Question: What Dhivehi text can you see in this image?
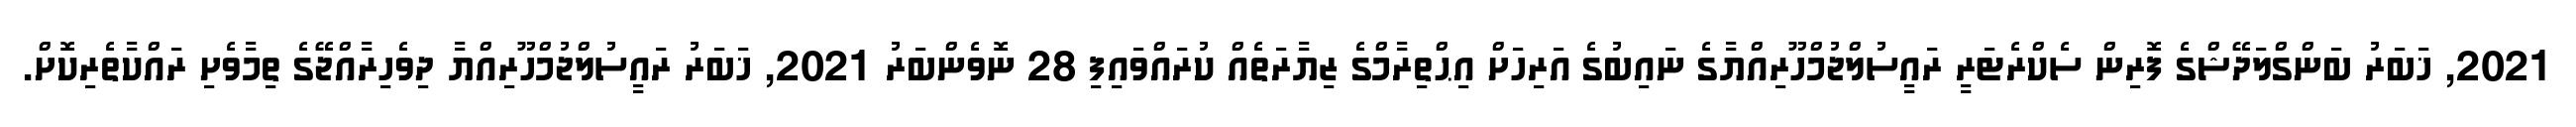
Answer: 2021, ޚަބަރު ބަންގްލަދޭޝްގެ ފޮރިން ސެކްރެޓަރީ ރައީސުލްޖުމްހޫރިއްޔާގެ ނައިބުގެ އަރިހަށް އިޙްތިރާމްގެ ޒިޔާރަތެއް ކުރައްވައިފި 28 ނޮވެންބަރު 2021, ޚަބަރު ރައީސުލްޖުމްހޫރިއްޔާ ދިވެހިރާއްޖޭގެ ތިމާވެށި ރައްކާތެރިކޮށް.